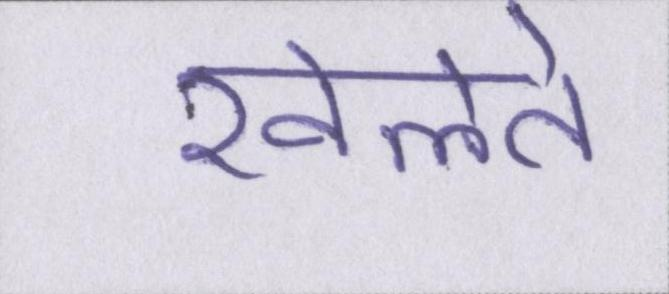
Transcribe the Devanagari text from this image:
खेलते